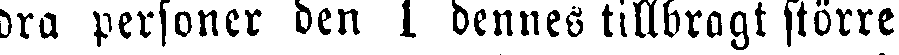
dra personer den I dennes tillbragt större